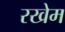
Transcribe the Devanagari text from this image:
रखेम